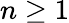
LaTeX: n\geq 1